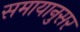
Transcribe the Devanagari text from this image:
समायानुसर